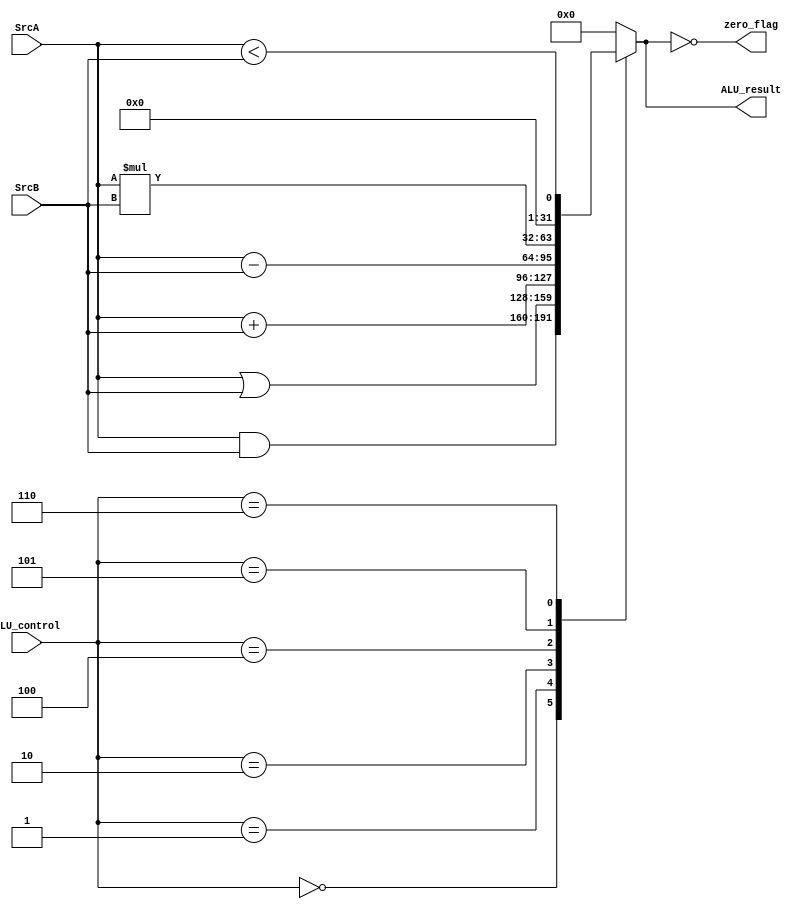
`timescale 1ns / 1ps
//////////////////////////////////////////////////////////////////////////////////
// Company: 
// Engineer: 
// 
// Design Name: 
// Module Name: ALU
// Project Name: 
// Target Devices: 
// Tool Versions: 
// Description: 
// 
// Dependencies: 
// 
// Revision:
// Revision 0.01 - File Created
// Additional Comments:
// 
//////////////////////////////////////////////////////////////////////////////////


module ALU(
    input [31:0] SrcA,
    input [31:0] SrcB,
    input [2:0] ALU_control,
    output zero_flag,
    output [31:0] ALU_result
    );
    reg [31:0] result;
    parameter[2:0]       And=3'b000,
                         Or= 3'b001,
                         Plus=3'b010,
                         Min=3'b100,
                         Mul=3'b101,
                         Less=3'b110;
    always@(*)begin
    
    case(ALU_control)
        And: result=SrcA & SrcB;
        Or:  result=SrcA | SrcB;
        Plus:result=SrcA + SrcB;
        Min: result=SrcA - SrcB;
        Mul: result=SrcA * SrcB;
        Less:result=(SrcA < SrcB);
        default: result=0;
        
    endcase
    end
    
    assign ALU_result=result;
    assign zero_flag= (ALU_result==0);
endmodule